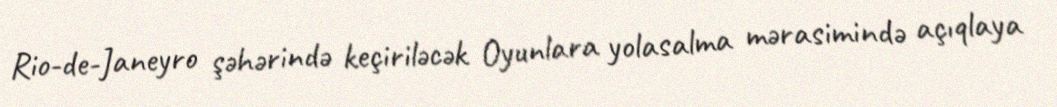
Rio-de-Janeyro şəhərində keçiriləcək Oyunlara yolasalma mərasimində açıqlaya